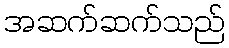
အဆက်ဆက်သည်